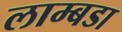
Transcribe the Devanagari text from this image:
लाम्बडा